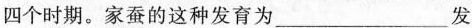
个时期。家蚕的这种发育为___发